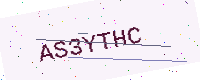
Text: AS3YTHC